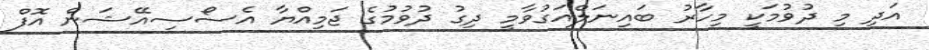
އަދި މި ދުވުމަކީ މިހާރު ބައިނަލްއަގުވާމީ ދިގު ދުވުމުގެ ޖަމިއްޔާ އެސޯސިއޭޝަން އޮފް